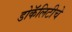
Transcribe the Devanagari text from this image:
डोकॅलिटीचे